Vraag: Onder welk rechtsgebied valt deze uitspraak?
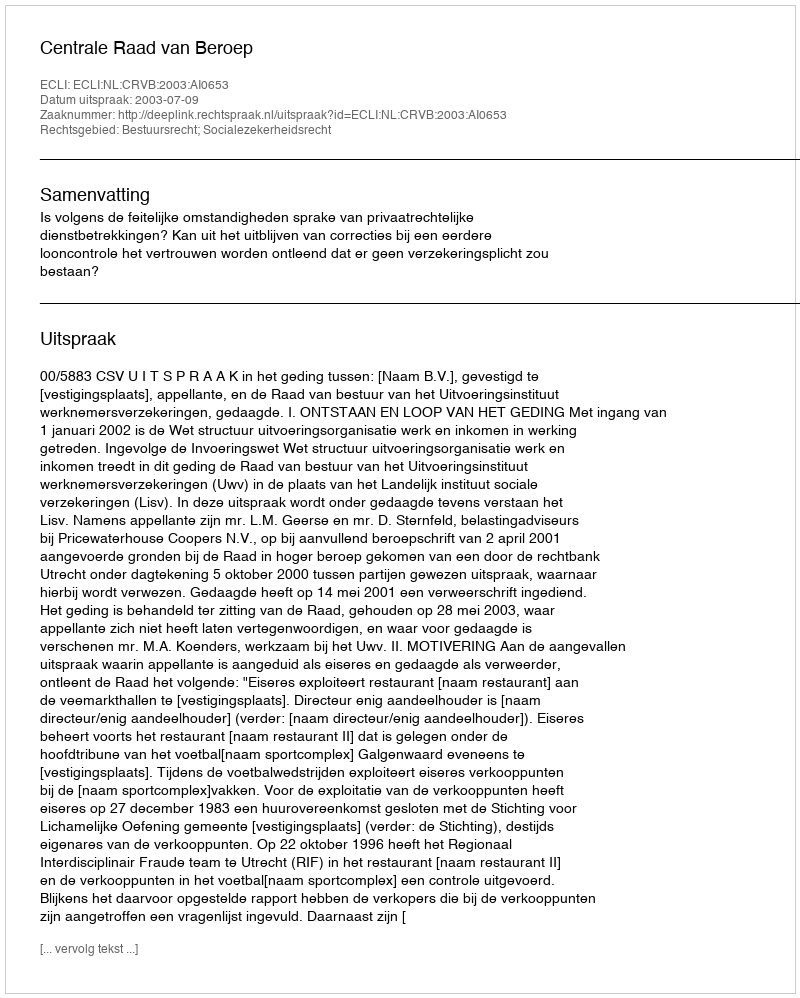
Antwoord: Bestuursrecht; Socialezekerheidsrecht